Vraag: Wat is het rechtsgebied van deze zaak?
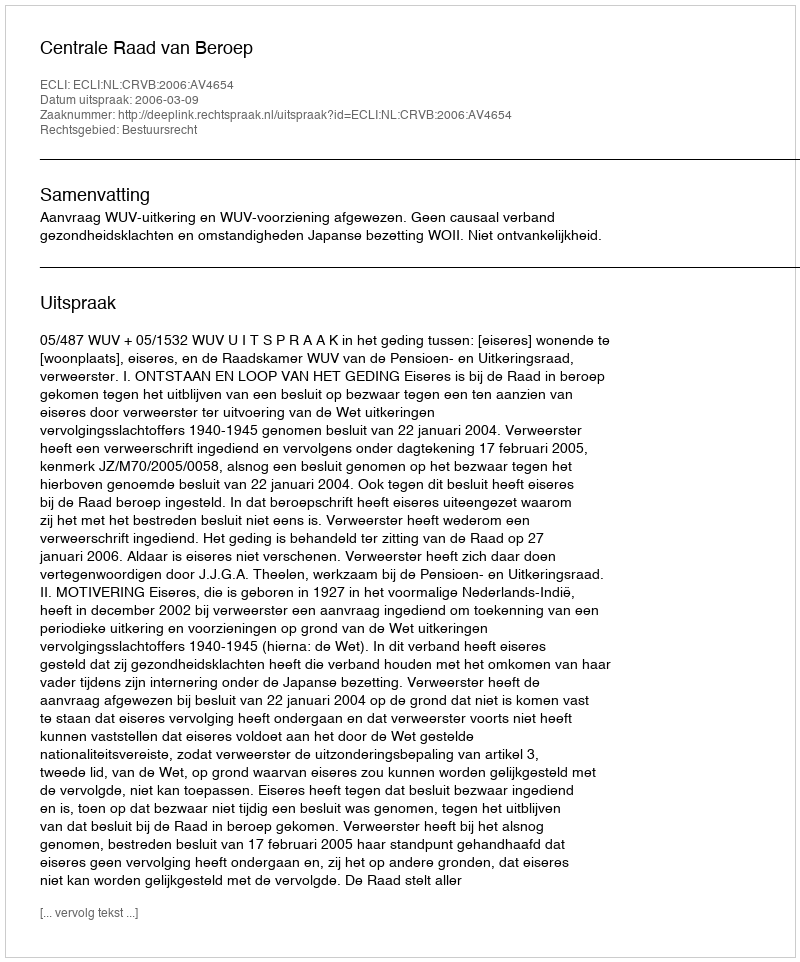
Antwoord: Bestuursrecht